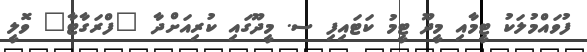
ފުވައްމުލަކު ޓީމާއި މީދޫ ޓީމު ކަޓައިފި ސ. މީދޫގައި ކުރިއަށްދާ "ފްރަގާޓާ" ވޮލީ